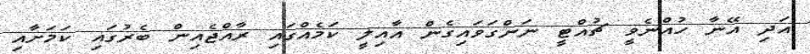
އަދި އޭނާ ހުއްނެވީ ޗުއްޓީ ނަންގަވައިގެން އާއިލީ ކަމެއްގައި ރާއްޖެއިން ބެރުގައި ކަމަށާއި